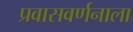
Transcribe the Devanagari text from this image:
प्रवासवर्णनाला